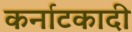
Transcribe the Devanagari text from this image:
कर्नाटकादी